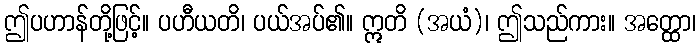
ဤပဟာန်တို့ဖြင့်။ ပဟီယတိ၊ ပယ်အပ်၏။ ဣတိ (အယံ)၊ ဤသည်ကား။ အတ္ထော၊